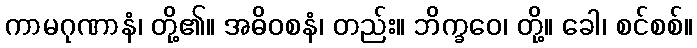
ကာမဂုဏာနံ၊ တို့၏။ အဓိဝစနံ၊ တည်း။ ဘိက္ခဝေ၊ တို့။ ခေါ၊ စင်စစ်။